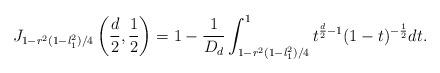
LaTeX: \begin{align*} J_{1-r^2(1-l_1^2)/4}\left(\frac{d}{2},\frac{1}{2}\right)=1-\frac{1}{D_{d}}\int_{1-r^2(1-l_1^2)/4}^1 t^{\frac{d}{2}-1}(1-t)^{-\frac{1}{2}}dt.\end{align*}